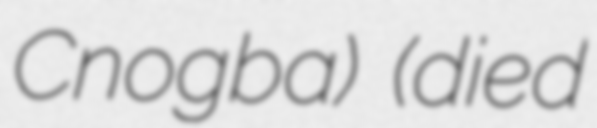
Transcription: Cnogba) (died